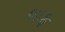
બાફ